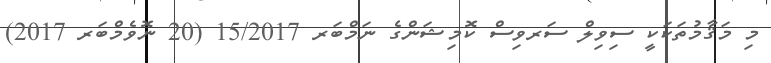
މި މަޤާމުތަކަކީ ސިވިލް ސަރވިސް ކޮމިޝަންގެ ނަމްބަރ 15/2017 (20 ނޮވެމްބަރ 2017)